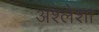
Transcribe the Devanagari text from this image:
अश्लेशा